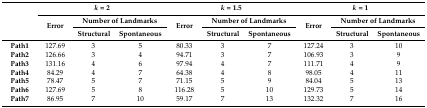
| <ROWSPAN=3>  | <COLSPAN=3> k = 2 | <COLSPAN=3> k = 1.5 | <COLSPAN=3> k = 1 |
 | <ROWSPAN=2> Error | <COLSPAN=2> Number of Landmarks | <ROWSPAN=2> Error | <COLSPAN=2> Number of Landmarks | <ROWSPAN=2> Error | <COLSPAN=2> Number of Landmarks |
 | Structural | Spontaneous | Structural | Spontaneous | Structural | Spontaneous |
 | --- | --- | --- | --- | --- | --- | --- | --- | --- | --- |
 | Path1 | 127.69 | 3 | 5 | 80.33 | 3 | 7 | 127.24 | 3 | 10 |
 | Path2 | 126.66 | 3 | 4 | 94.71 | 3 | 7 | 106.93 | 3 | 9 |
 | Path3 | 131.16 | 4 | 6 | 97.94 | 4 | 7 | 111.71 | 4 | 9 |
 | Path4 | 84.29 | 4 | 7 | 64.38 | 4 | 8 | 98.05 | 4 | 11 |
 | Path5 | 78.47 | 5 | 7 | 71.15 | 5 | 9 | 84.04 | 5 | 13 |
 | Path6 | 127.69 | 5 | 8 | 116.28 | 5 | 10 | 129.73 | 5 | 14 |
 | Path7 | 86.95 | 7 | 10 | 59.17 | 7 | 13 | 132.32 | 7 | 16 |